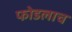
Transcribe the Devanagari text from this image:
फोडलाच